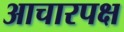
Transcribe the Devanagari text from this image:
आचारपक्ष